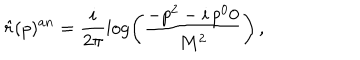
LaTeX: \hat { r } ( p ) ^ { a n } = \frac { i } { 2 \pi } \log \left( \frac { - p ^ { 2 } - i \, p ^ { 0 } 0 } { M ^ { 2 } } \right) \, ,